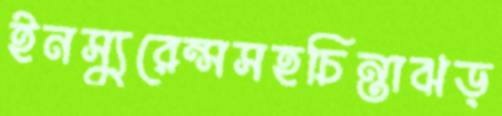
ইনস্যুরেন্সসহচিন্তাঝড়